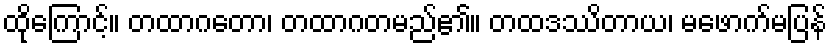
ထိုကြောင့်။ တထာဂတော၊ တထာဂတမည်၏။ တထဒဿိတာယ၊ မဖောက်မပြန်